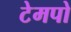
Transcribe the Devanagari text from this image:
टेमपो